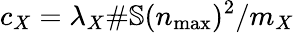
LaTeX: c_{X}=\lambda_{X}\# \mathbb{S}(n_{\operatorname*{max}})^{2}/m_{X}